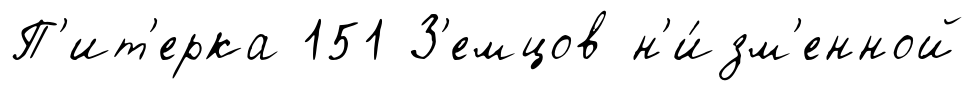
П'ит'ерка 151 З'емцов н'и́зм'енной